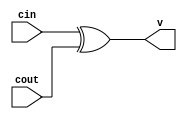
module overflowdetect (cin, cout, v);
	input cin;   // This is the carryk-2 which is the carry in for the MSB adder
	input cout;  // This is the carry out of the MSB adder

	output v;    // This is the overflow 

	assign v = cin ^ cout; // This is xoring the cin and cout which will give us the overflow

endmodule